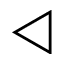
\triangleleft